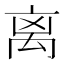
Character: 离